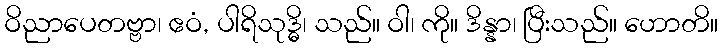
ဝိညာပေတဗ္ဗာ၊ ဧဝံ, ပါရိသုဒ္ဓိ၊ သည်။ ဝါ၊ ကို။ ဒိန္နာ၊ ပြီးသည်။ ဟောတိ။